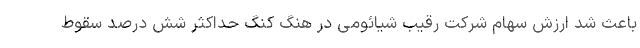
باعث شد ارزش سهام شرکت رقیب شیائومی در هنگ کنگ حداکثر شش درصد سقوط